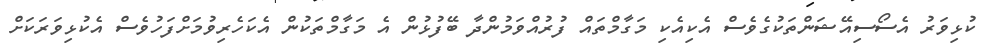
ކުޅިވަރު އެސޯސިއޭޝަންތަކުގެވެސް އެކިއެކި މަގާމްތައް ފުރުއްވަމުންދާ ބޭފުޅުން އެ މަގާމްތަކުން އެކަހެރިވުމަށްފަހުވެސް އެކުޅިވަރަކަށް